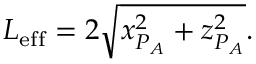
L _ { \mathrm { e f f } } = 2 \sqrt { x _ { P _ { A } } ^ { 2 } + z _ { P _ { A } } ^ { 2 } } .